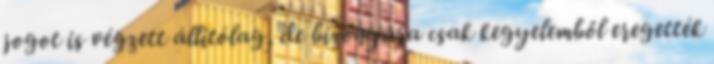
jogot is végzett állítólag, de bizonyára csak kegyelemből eregették